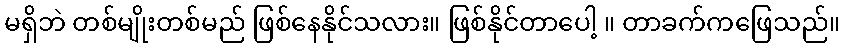
မရှိဘဲ တစ်မျိုးတစ်မည် ဖြစ်နေနိုင်သလား။ ဖြစ်နိုင်တာပေါ့ ။ တာခက်ကဖြေသည်။